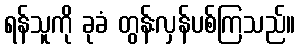
ရန်သူကို ခုခံ တွန်းလှန်ပစ်ကြသည်။